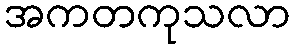
အကတကုသလာ